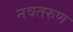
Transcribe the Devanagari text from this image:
नवतरुण